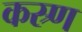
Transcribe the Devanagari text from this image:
कस्र्ण